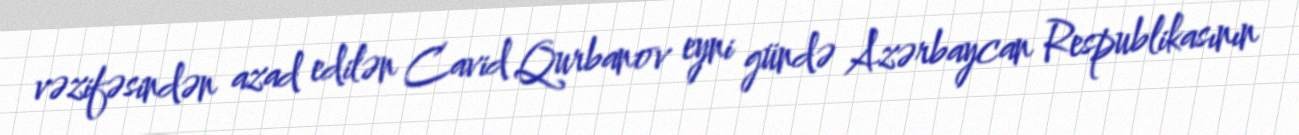
vəzifəsindən azad edilən Cavid Qurbanov eyni gündə Azərbaycan Respublikasının